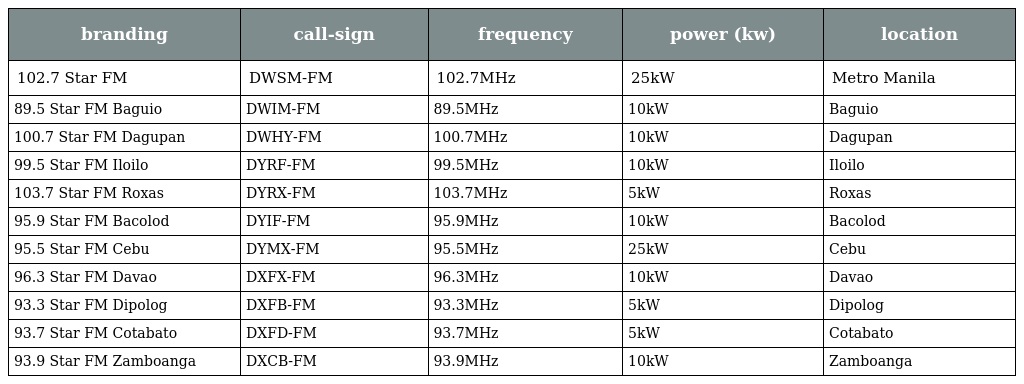
| branding | call-sign | frequency | power (kw) | location |
 | --- | --- | --- | --- | --- |
 | 102.7 Star FM | DWSM-FM | 102.7MHz | 25kW | Metro Manila |
 | 89.5 Star FM Baguio | DWIM-FM | 89.5MHz | 10kW | Baguio |
 | 100.7 Star FM Dagupan | DWHY-FM | 100.7MHz | 10kW | Dagupan |
 | 99.5 Star FM Iloilo | DYRF-FM | 99.5MHz | 10kW | Iloilo |
 | 103.7 Star FM Roxas | DYRX-FM | 103.7MHz | 5kW | Roxas |
 | 95.9 Star FM Bacolod | DYIF-FM | 95.9MHz | 10kW | Bacolod |
 | 95.5 Star FM Cebu | DYMX-FM | 95.5MHz | 25kW | Cebu |
 | 96.3 Star FM Davao | DXFX-FM | 96.3MHz | 10kW | Davao |
 | 93.3 Star FM Dipolog | DXFB-FM | 93.3MHz | 5kW | Dipolog |
 | 93.7 Star FM Cotabato | DXFD-FM | 93.7MHz | 5kW | Cotabato |
 | 93.9 Star FM Zamboanga | DXCB-FM | 93.9MHz | 10kW | Zamboanga |